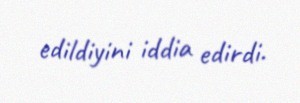
edildiyini iddia edirdi.